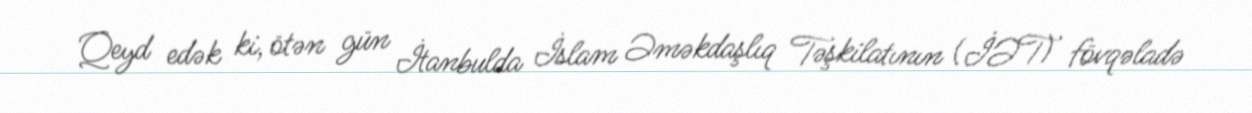
Qeyd edək ki, ötən gün İtanbulda İslam Əməkdaşlıq Təşkilatının (İƏT) fövqəladə